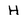
Character: H